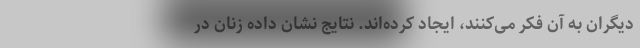
دیگران به آن فکر می‌کنند، ایجاد کرده‌اند. نتایج نشان داده زنان در